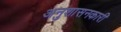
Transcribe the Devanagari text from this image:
अनुशासनकारी